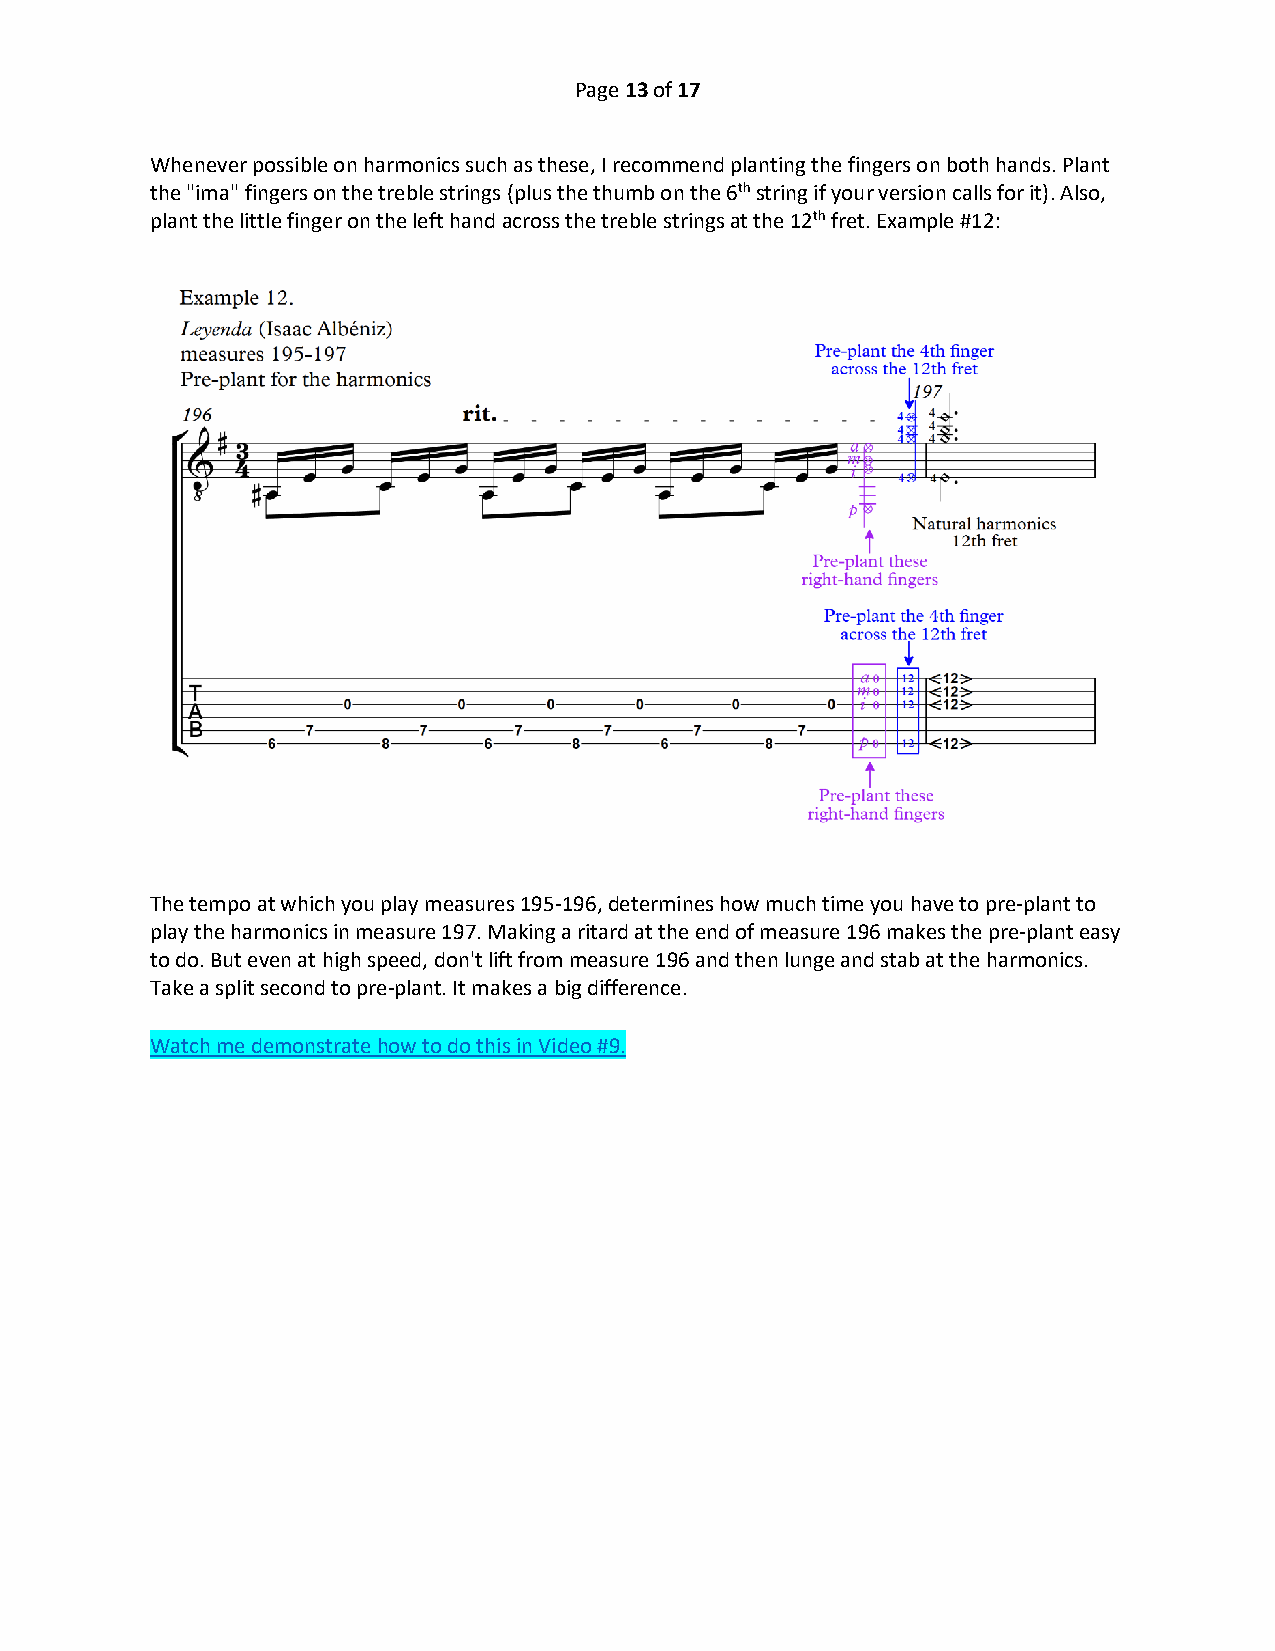
Page 13 of 17
 Whenever possible on harmonics such as these, I recommend planting the fingers on both hands. Plant
 the "ima" fingers on the treble strings (plus the thumb on the 6th string if your version calls for it). Also,
 plant the little finger on the left hand across the treble strings at the 12th fret. Example #12:
 The tempo at which you play measures 195-196, determines how much time you have to pre-plant to
 play the harmonics in measure 197. Making a ritard at the end of measure 196 makes the pre-plant easy
 to do. But even at high speed, don't lift from measure 196 and then lunge and stab at the harmonics.
 Take a split second to pre-plant. It makes a big difference.
 Watch me demonstrate how to do this in Video #9.